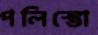
পলিস্তো